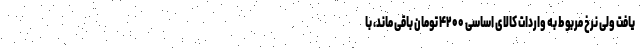
یافت ولی نرخ مربوط به واردات کالای اساسی ۴۲۰۰ تومان باقی ماند، با